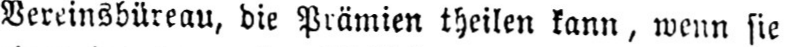
Vereinsbüreau, die Prämien theilen kann, wenn sie